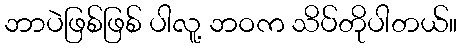
ဘာပဲဖြစ်ဖြစ် ပါလူ့ ဘဝက သိပ်တိုပါတယ်။